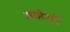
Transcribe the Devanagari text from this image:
आहेसरे